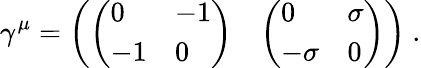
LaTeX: \gamma^{\mu}=\left(\begin{array}{ll}{{\left(\begin{array}{ll}{{0}}&{{-1}}\\ {{-1}}&{{0}}\end{array}\right)}}&{{\left(\begin{array}{ll}{{0}}&{{\mathbf{\sigma}}}\\ {{-\mathbf{\sigma}}}&{{0}}\end{array}\right)}}\end{array}\right)\ .